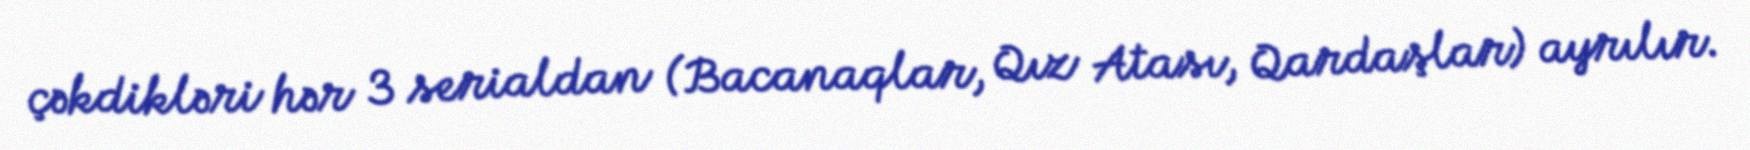
çəkdikləri hər 3 serialdan (Bacanaqlar, Qız Atası, Qardaşlar) ayrılır.